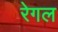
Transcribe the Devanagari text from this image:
रेगल